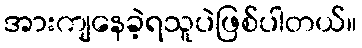
အားကျနေခဲ့ရသူပဲဖြစ်ပါတယ်။